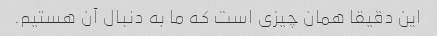
این دقیقا همان چیزی است که ما به دنبال آن هستیم.